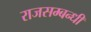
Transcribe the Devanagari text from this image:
राजसम्बन्धी